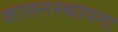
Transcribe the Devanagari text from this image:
शासनस्थापना